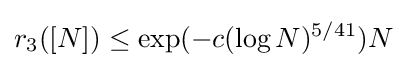
r_{3}([N])\leq \exp(-c(\log N)^{5/41})N